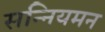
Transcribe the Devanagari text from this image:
सन्नियमन